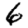
Digit: 6